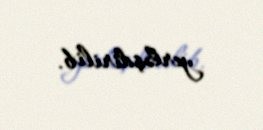
yerləşdirilib.